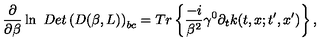
\frac \partial { \partial \beta } \ln \ D e t \left( D ( \beta , L ) \right) _ { b c } = T r \left\{ \frac { - i } { \beta ^ { 2 } } \gamma ^ { 0 } \partial _ { t } k ( t , x ; t ^ { \prime } , x ^ { \prime } ) \right\} ,